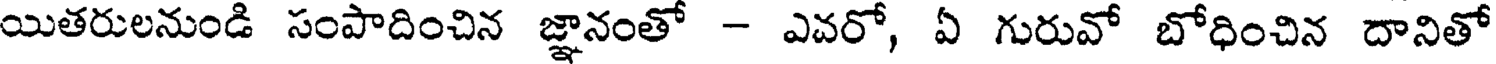
యితరులనుండి సంపాదించిన జ్ఞానంతో - ఎవరో, ఏ గురువో బోధించిన దానితో